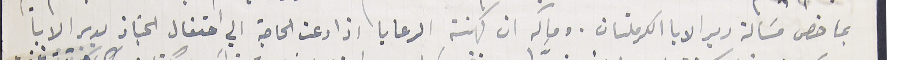
بما خص مسَالة دير الابا الكرملتان. ومآله ان كهنة الرعايا اذا دعت الحاجة الي احتفال الجناز بدير الابا